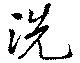
洗